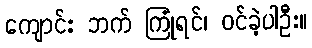
ကျောင်း ဘက် ကြုံရင်၊ ဝင်ခဲ့ပါဦး။